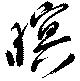
暝